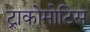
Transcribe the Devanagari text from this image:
ट्राकोमोटिस